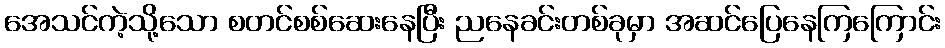
အေသင်ကဲ့သို့သော စတင်စစ်ဆေးနေပြီး ညနေခင်းတစ်ခုမှာ အဆင်ပြေနေကြကြောင်း